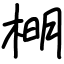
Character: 𣔂